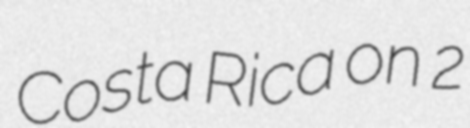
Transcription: Costa Rica on 2